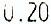
0.20